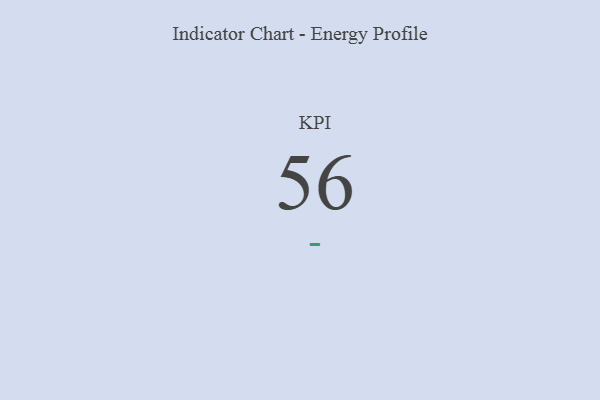
{"axis": {"x": "KPI", "y": "Value"}, "legend": [""], "data": [{"x": "KPI", "y": 56, "type": ""}]}